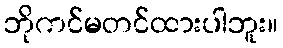
ဘိုကင်မတင်ထားပါဘူး။